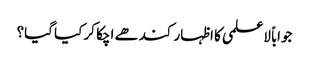
جواباً لاعلمی کا اظہار کندھے اچکا کر کیا گیا؟